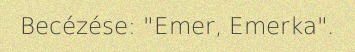
Becézése: "Emer, Emerka".